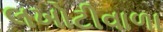
લખોટીવાળા